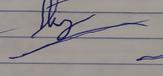
Signature authenticity: forged